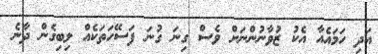
އަދި ހަމައެއާ އެކު ޒުވާނުންނަށް ވެސް ގިނަ ގުނަ ފަސޭހަތަކެއް ލިބިގެން ދާނެ